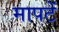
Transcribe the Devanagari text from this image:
मापटें